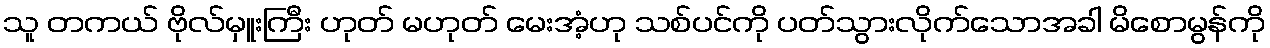
သူ တကယ် ဗိုလ်မှူးကြီး ဟုတ် မဟုတ် မေးအံ့ဟု သစ်ပင်ကို ပတ်သွားလိုက်သောအခါ မိစောမွန်ကို